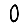
Digit: 0